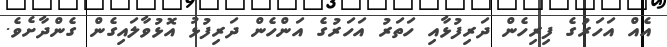
އެއް އަހަރުގެ ފިރިހެން ދަރިފުޅާއި ހަތަރު އަހަރުގެ އަންހެން ދަރިފުޅު އޮޅުވާލައިގެން ގެންދާށެވެ.